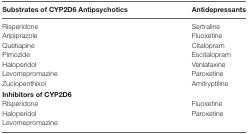
| Substrates of CYP2D6 Antipsychotics | Antidepressants |
 | --- | --- |
 | Risperidone | Sertraline |
 | Aripiprazole | Fluoxetine |
 | Quetiapine | Citalopram |
 | Pimozide | Escitalopram |
 | Haloperidol | Venlafaxine |
 | Levomepromazine | Paroxetine |
 | Zuclopenthixol | Amitryptiline |
 | Inhibitors of CYP2D6 |  |
 | Risperidone | Fluoxetine |
 | Haloperidol | <ROWSPAN=2> Paroxetine |
 | Levomepromazine |